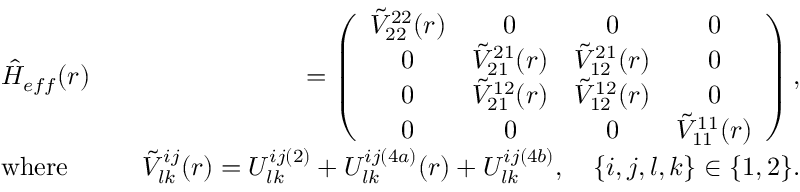
\begin{array} { r l r } & { \hat { H } _ { e f f } ( r ) } & { = \left( \begin{array} { c c c c } { \tilde { V } _ { 2 2 } ^ { 2 2 } ( r ) } & { 0 } & { 0 } & { 0 } \\ { 0 } & { \tilde { V } _ { 2 1 } ^ { 2 1 } ( r ) } & { \tilde { V } _ { 1 2 } ^ { 2 1 } ( r ) } & { 0 } \\ { 0 } & { \tilde { V } _ { 2 1 } ^ { 1 2 } ( r ) } & { \tilde { V } _ { 1 2 } ^ { 1 2 } ( r ) } & { 0 } \\ { 0 } & { 0 } & { 0 } & { \tilde { V } _ { 1 1 } ^ { 1 1 } ( r ) } \end{array} \right) , } \\ & { \mathrm { w h e r e } } & { ~ ~ ~ \tilde { V } _ { l k } ^ { i j } ( r ) = U _ { l k } ^ { i j ( 2 ) } + U _ { l k } ^ { i j ( 4 a ) } ( r ) + U _ { l k } ^ { i j ( 4 b ) } , ~ ~ ~ \{ i , j , l , k \} \in \{ 1 , 2 \} . } \end{array}